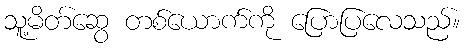
သူ့မိတ်ဆွေ တစ်ယောက်ကို ပြောပြလေသည်။